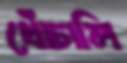
খোঁচালি